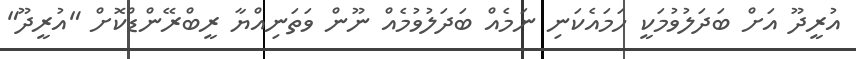
އުރީދޫ އަށް ބަދަލުވުމަކީ ހަމައެކަނި ނަމެއް ބަދަލުވުމެއް ނޫން ވަތަނިއްޔާ ރީބްރޭންޑްކޮށް "އުރީދޫ"